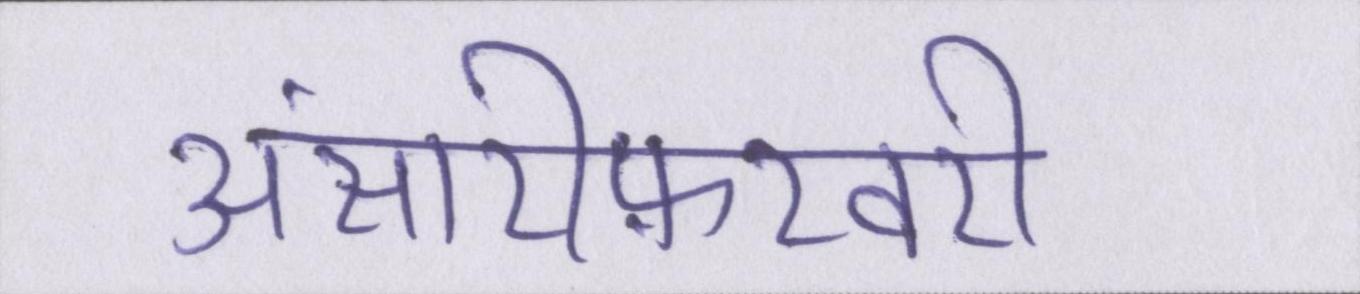
अंसारीफ़रवरी